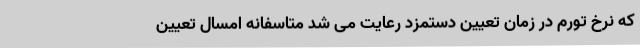
که نرخ تورم در زمان تعیین دستمزد رعایت می شد متاسفانه امسال تعیین